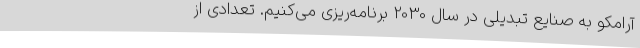
آرامکو به صنایع تبدیلی در سال 2030 برنامه‌ریزی می‌کنیم. تعدادی از